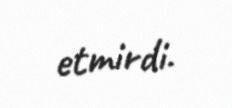
etmirdi.